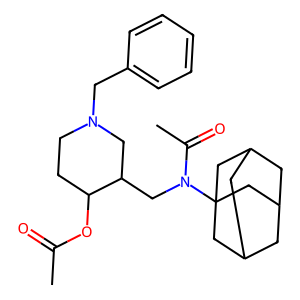
SMILES: CC(=O)OC1CCN(Cc2ccccc2)CC1CN(C(C)=O)C12CC3CC(CC(C3)C1)C2
Inhibits HIV replication: No